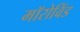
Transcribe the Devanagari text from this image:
मॉरोविंड